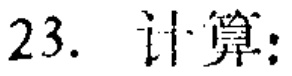
23. 计算：